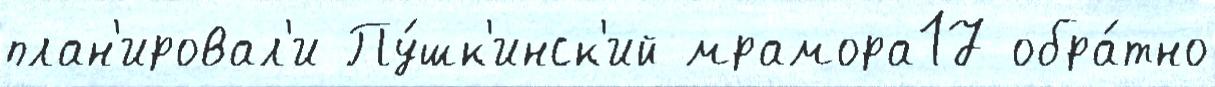
план'ировал'и Пу́шк'инск'ий мрамора17 обра́тно